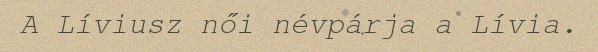
A Líviusz női névpárja a Lívia.